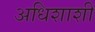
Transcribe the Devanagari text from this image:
अधिशाशी